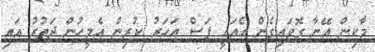
މާކިން އޭނާ ގޮވައިގެން އެއައީ ފަސް އަހަރު ކުރިން އެމީހުން ދަތުރު އައި